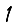
Digit: 1